Bréfritari: Margrét Eiríksdóttir
Viðtakandi: Jón Borgfirðings Jónsson
Dagsetning: A-1890-08-18
Skrifað á: Lækjamóti  V-Hún.

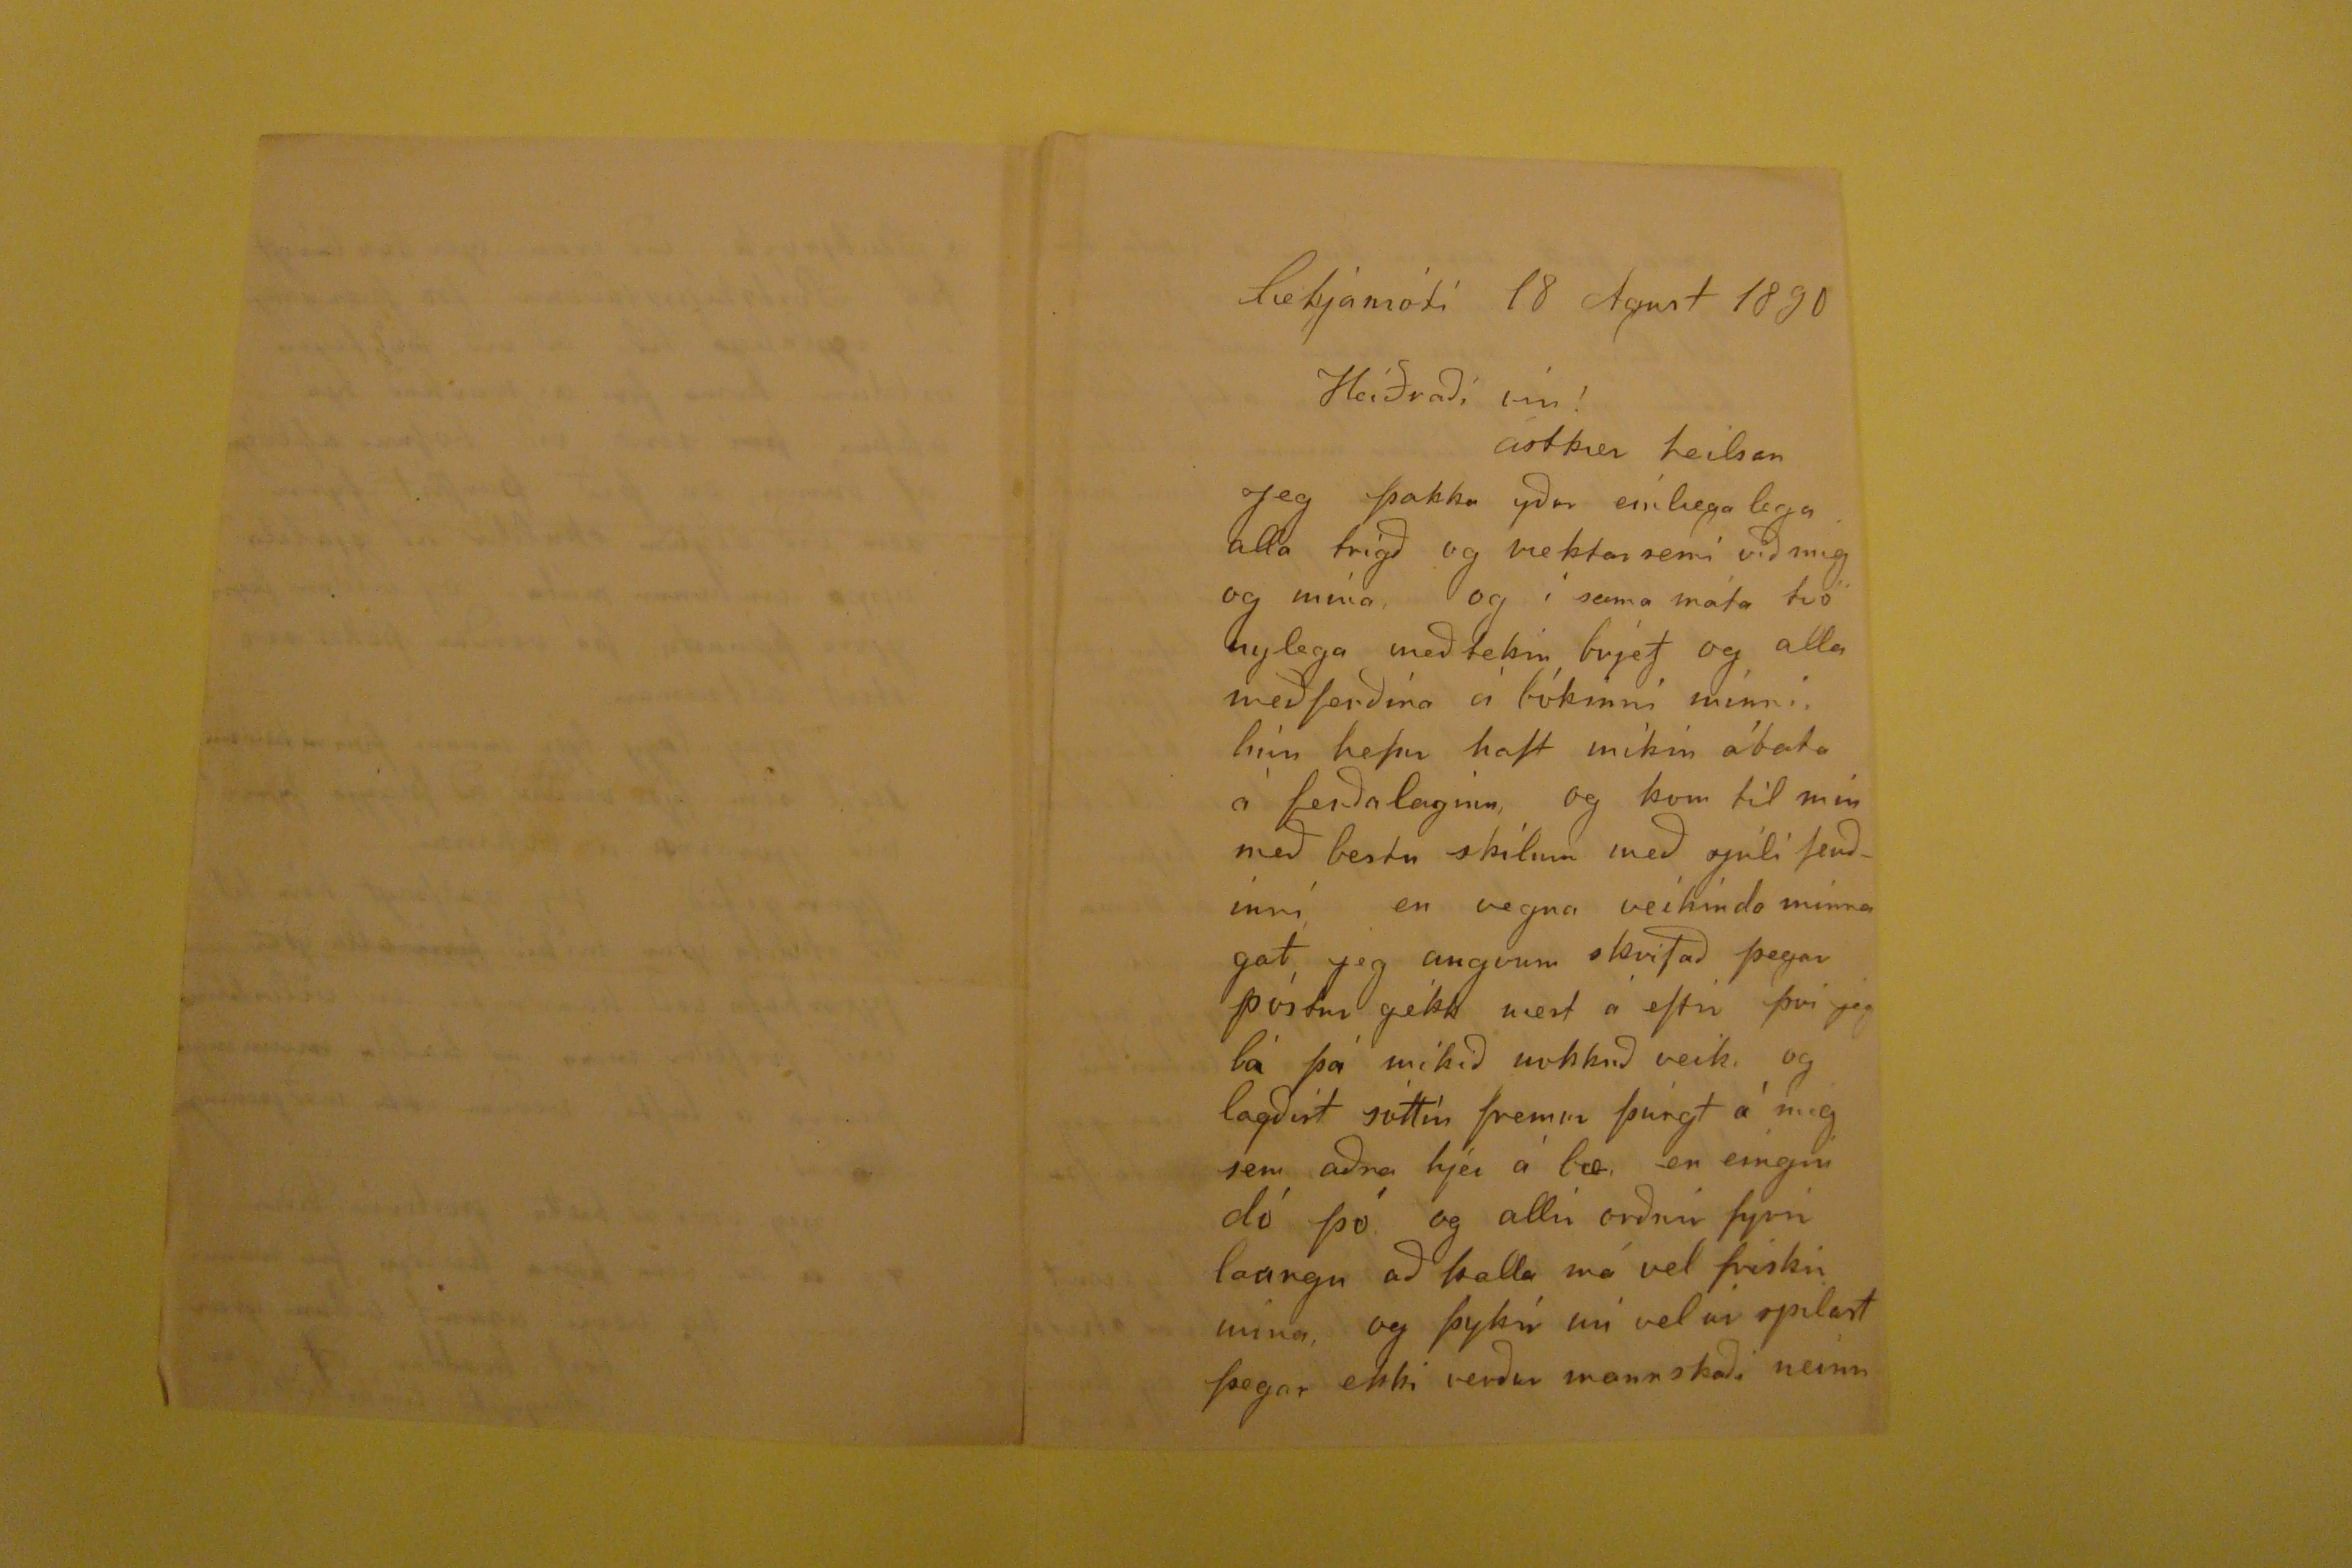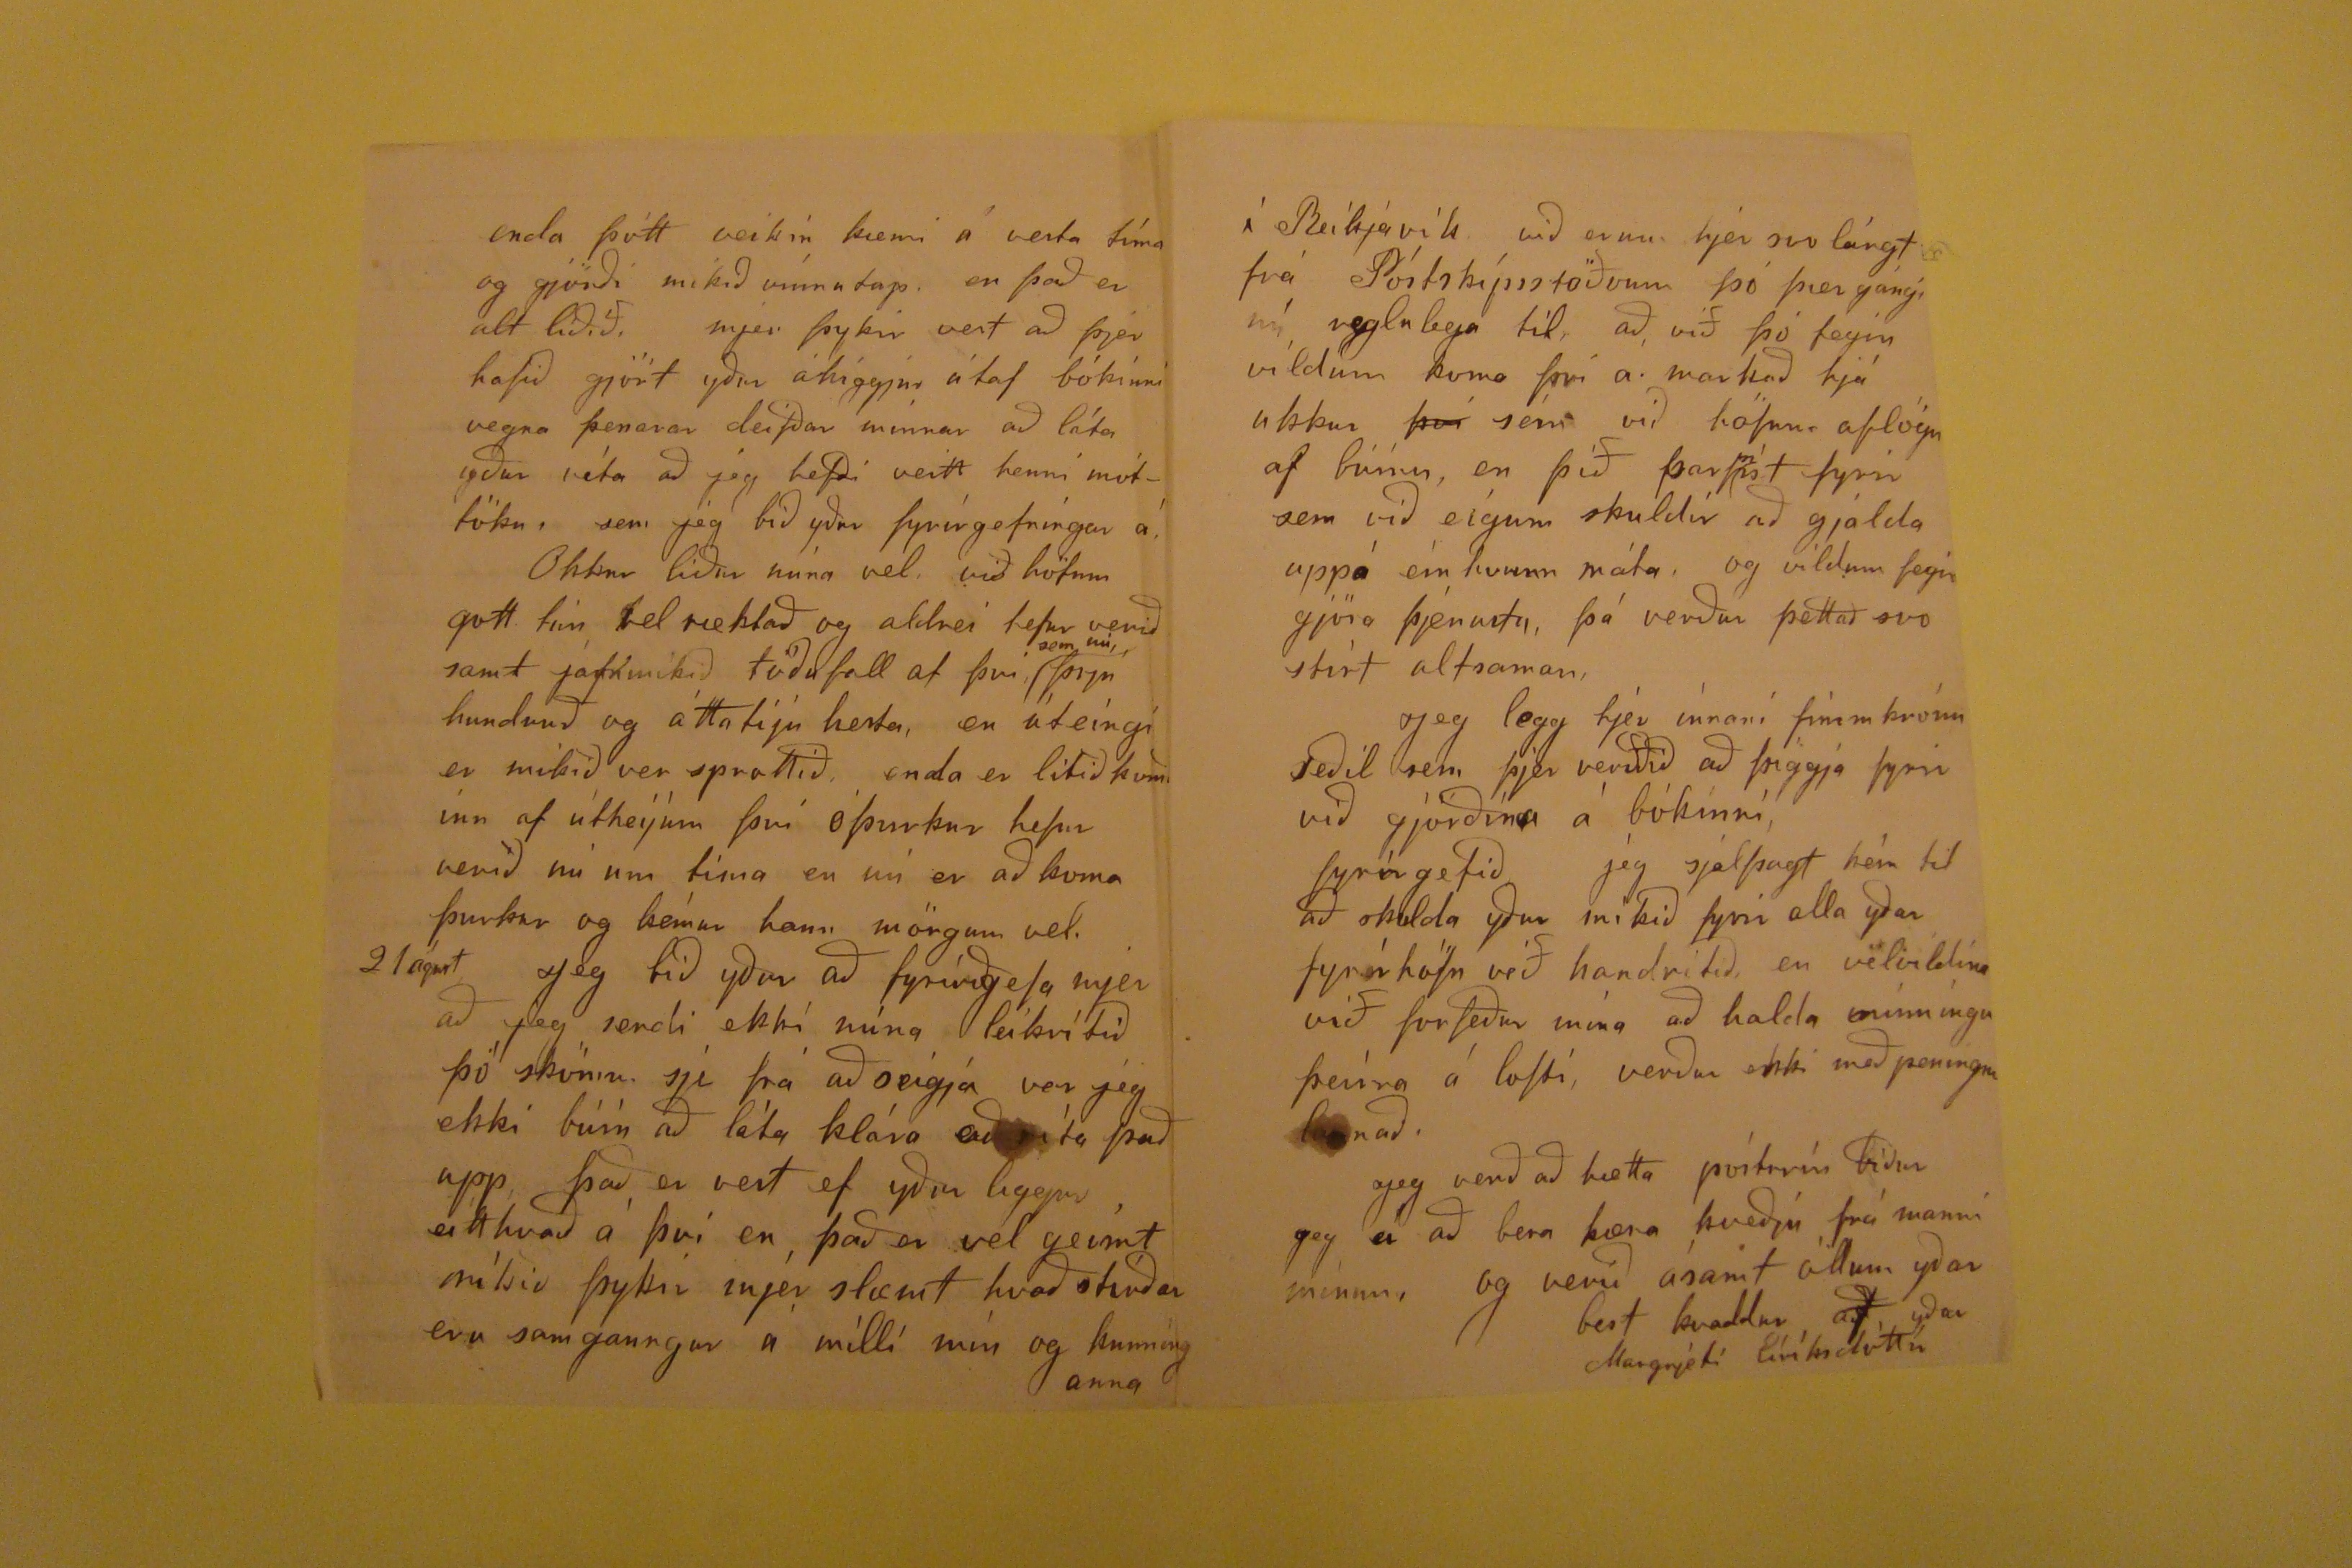

Lækjamóti 18 Agust 1890
Heiðraði vin!
ástkær heilsan
Jeg þakka yður einlæga lega alla trigð og mektarsemi við mig og mína, og í sama máta tvö nylega meðtekin brjef og alla meðferðina á bókinni minni, hún hefur haft mikin ábata á ferðalaginu, og kom til mín með bestu skilum með Júlí ferðinni, en vegna veikinda minna gat jeg aungvum skrifað þegar póstur gékk mest á eftir því jeg lá þá mikið nokkuð veik, og lagðist sóttin fremur þúngt á mig sem aðra hjer á bæ, en eingin dó þó og allir orðnir fyrir laungu ap kalla má vel friskir núna, og þykir nú vel
úr spilast
þegar ekki verður mannskaði neinn
enda þótt veikin kæmi á vesta tíma og gjörði mikið vinnutap. en það er alt liðið. mjer þykir vest að þjer hafið gjört yður áhiggjur útaf bókinni vegna þessarar deifðar minnar að láta yður vita að jeg hefði veitt henni móttöku, sem jeg bið yður fyrirgefningar á, Okkur liður núna vel, við höfum gott tún vel ræktað og aldrei hefur verið samt jafnmikið töðufall af því
sem nú
,
þrju
hundruð og áttatiju hesta, en úteingi er mikið ver sprottið, enda er litið komið inn af útheyum því óþurkur hefur verið nú um tíma en nú er að koma þurkur og kémur hann mörgum vel 21 águst Jeg bið yður að fyrirgefa mjer að jeg sendi ekki núna leikritið þó skömm sje frá að seigja var jeg ekki búin að láta klára að ríta það upp það er vest ef yður liggur eitthvað á því en það er mjer geimt mikið þykir mjer slæmt hvað
stráðar
eru samgaungur á milli mín og kunnínganna
í Reikjavík við erum hjer svo lángt frá Póstskipsstöðvum þó þær gángi nú reglulega til að við þó fegin vildum koma því á markað hjá ukkur
því
sem við höfum aflögu af búnu en þið
þarf
n
ist
fyrir sem við eigum skuldir að gjalda uppá einhvurn máta, og vildum fegin gjöra þjenustu, þá verður þettað svo stirt altsaman, Jeg legg hjer innaní
fimm
krónu seðil sem þjer verðið að þiggja fyrir við gjörðina á bókinni, fyrirgefið jeg sjálfsagt
hein
til að skulda yður mikið fyrir alla yðar fyrirhöfn við handritið, en velvildina við forfeður mína að halda minningu þeirra á lofti, verður ekki með peningum launað. Jeg verð að hætta
posturin
biður Jeg á að bera kæra kveðju frá manni mínum, og verið ásamt öllum yðar best kvaddur af yðar
Margrjeti Eíríksdóttir